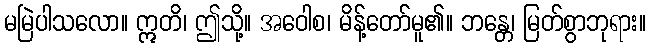
မမြဲပါသလော။ ဣတိ၊ ဤသို့။ အဝေါစ၊ မိန့်တော်မူ၏။ ဘန္တေ၊ မြတ်စွာဘုရား။